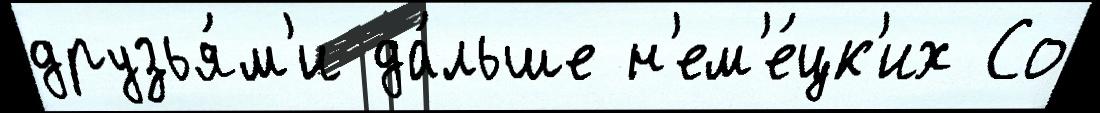
друзья́м'и да́льше н'ем'е́цк'их Со